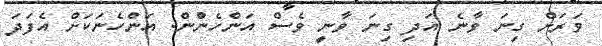
ވަރަށް ގިނަ ވާނެ އަދި ގިނަ ވާނީ ވެސް އަންހެންުން. އަންހެނަކަށް އެފަދަ